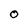
Character: O